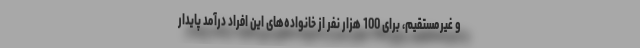
و غیرمستقیم، برای 100 هزار نفر از خانواده‌های این افراد درآمد پایدار